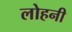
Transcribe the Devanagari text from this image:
लोहनी